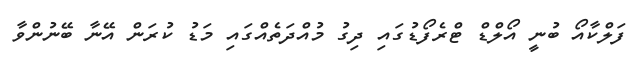
ފަލްކާއޯ ބުނީ އޯލްޑް ޓްރެފޯޑުގައި ދިގު މުއްދަތެއްގައި މަޑު ކުރަން އޭނާ ބޭނުންވާ